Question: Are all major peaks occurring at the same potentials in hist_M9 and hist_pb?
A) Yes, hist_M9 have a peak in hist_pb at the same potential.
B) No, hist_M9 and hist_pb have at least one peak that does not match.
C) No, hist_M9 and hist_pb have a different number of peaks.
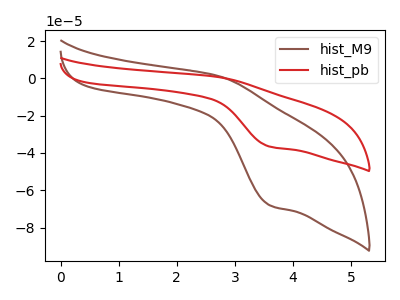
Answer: <think>The brown curve "hist_M9" has an anodic peak at (2.70V, 1.30uA) and a cathodic peak at (3.60V, -68.15uA). The red curve "hist_pb" has an anodic peak at (2.70V, 0.70uA) and a cathodic peak at (3.60V, -36.65uA).</think>
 <answer>A) Yes, "hist_M9" have a peak in "hist_pb" at the same potential.</answer>
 <eval>A</eval>